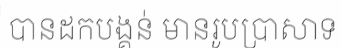
បានដកបង្គន់ មានរូបប្រាសាទ